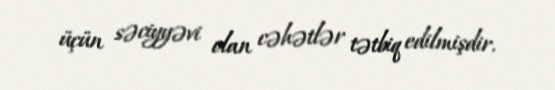
üçün səciyyəvi olan cəhətlər tətbiq edilmişdir.